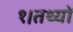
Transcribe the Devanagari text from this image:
१।तथ्यों